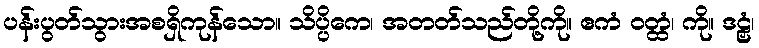
ပန်းပွတ်သွားအစရှိကုန်သော။ သိပ္ပိကေ၊ အတတ်သည်တို့ကို။ ဧကံ ဝတ္ထံ၊ ကို။ ဒဠှံ၊